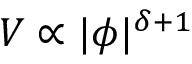
V \propto | \phi | ^ { \delta + 1 }